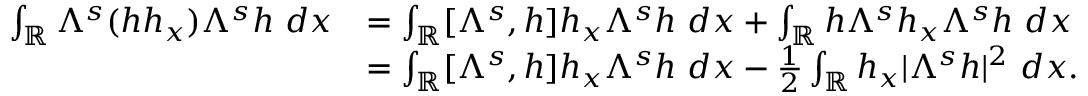
\begin{array} { r l } { \int _ { \mathbb R } \Lambda ^ { s } ( h h _ { x } ) \Lambda ^ { s } h \ d x } & { = \int _ { \mathbb R } [ \Lambda ^ { s } , h ] h _ { x } \Lambda ^ { s } h \ d x + \int _ { \mathbb R } h \Lambda ^ { s } h _ { x } \Lambda ^ { s } h \ d x } \\ & { = \int _ { \mathbb R } [ \Lambda ^ { s } , h ] h _ { x } \Lambda ^ { s } h \ d x - \frac { 1 } { 2 } \int _ { \mathbb R } h _ { x } | \Lambda ^ { s } h | ^ { 2 } \ d x . } \end{array}